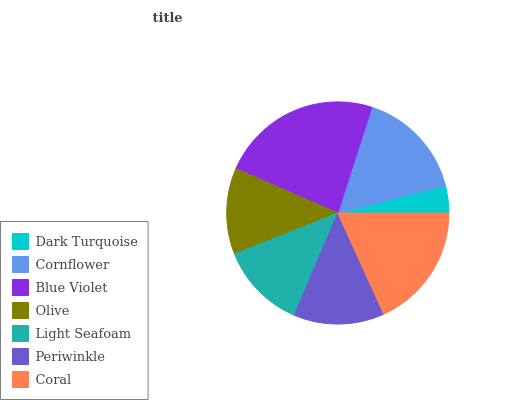
| Dark Turquoise | Cornflower | Blue Violet | Olive | Light Seafoam | Periwinkle | Coral |
 | --- | --- | --- | --- | --- | --- | --- |
 | 3.97% | 16.1% | 23.4% | 12.6% | 12.6% | 13.2% | 18.2% |